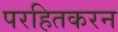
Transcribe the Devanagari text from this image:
परहितकरन